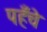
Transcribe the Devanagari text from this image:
पहँचे